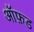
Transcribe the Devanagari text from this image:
आॅफ़ड